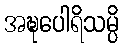
အဍ္ဎပေါရိသမ္ပိ